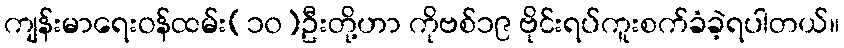
ကျန်းမာရေးဝန်ထမ်း(၁၀)ဦးတို့ဟာ ကိုဗစ်၁၉ ဗိုင်းရပ်ကူးစက်ခံခဲ့ရပါတယ်။